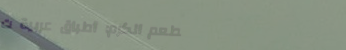
مطعم الكرم: أطباق عربية ت